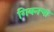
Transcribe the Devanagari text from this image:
गिबनचा